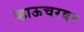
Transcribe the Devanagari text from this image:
व्हाऊचरवर